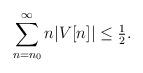
LaTeX: \begin{align*}\sum_{n=n_0}^\infty n|V[n]|\le \tfrac12.\end{align*}